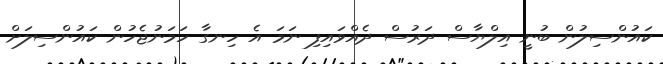
ކައުންސިލުން ބުނީ އިލްޔާސް ދަރުސް ދެއްވައިފި ނަމަ އެ ހިނގާ ހަމަނުޖެހުން ކައުންސިލަށް